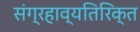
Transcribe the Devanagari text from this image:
संग्रहाव्यतिरिक्त